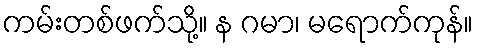
ကမ်းတစ်ဖက်သို့။ န ဂမာ၊ မရောက်ကုန်။